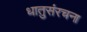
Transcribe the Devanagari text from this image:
धातुसंरचना